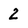
Character: 2